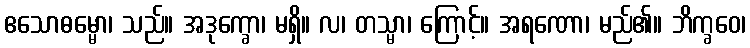
ဧသောဓမ္မော၊ သည်။ အဒုက္ခော၊ မရှိ။ လ၊ တသ္မာ၊ ကြောင့်။ အရဏော၊ မည်၏။ ဘိက္ခဝေ၊